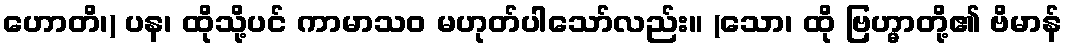
ဟောတိ၊) ပန၊ ထိုသို့ပင် ကာမာသဝ မဟုတ်ပါသော်လည်း။ (သော၊ ထို ဗြဟ္မာတို့၏ ဗိမာန်